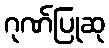
ဂုဏ်ပြုဆု